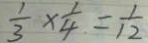
\frac { 1 } { 3 } \times \frac { 1 } { 4 } = \frac { 1 } { 1 2 }